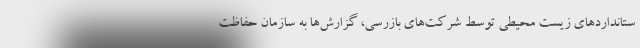
ستانداردهاي زيست محيطي توسط شرکت‌های بازرسی، گزارش‌ها به سازمان حفاظت